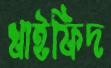
খাইফিদ